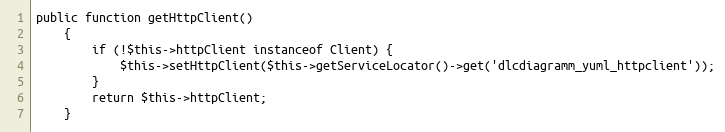
Language: PHP
public function getHttpClient()
    {
        if (!$this->httpClient instanceof Client) {
            $this->setHttpClient($this->getServiceLocator()->get('dlcdiagramm_yuml_httpclient'));
        }
        return $this->httpClient;
    }